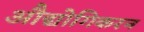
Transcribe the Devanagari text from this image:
औद्योगिकरन